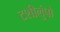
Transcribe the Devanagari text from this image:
टशीलुंपो